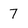
Character: 7